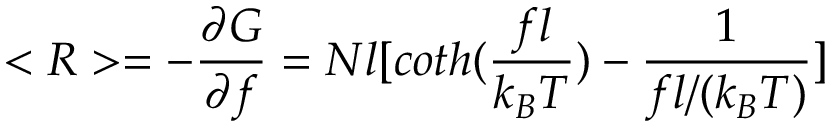
< R > = - { \frac { \partial G } { \partial f } } = N l [ c o t h ( { \frac { f l } { k _ { B } T } } ) - { \frac { 1 } { f l / ( k _ { B } T ) } } ]